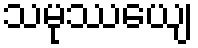
သမုဿေယျ